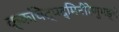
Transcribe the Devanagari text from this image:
क्कचित्पद्मिनीरेणुभङ्गे